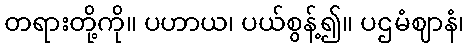
တရားတို့ကို။ ပဟာယ၊ ပယ်စွန့်၍။ ပဌမံဈာနံ၊